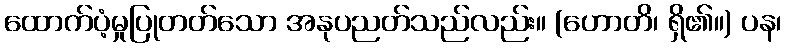
ထောက်ပံ့မှုပြုတတ်သော အနုပညတ်သည်လည်း။ (ဟောတိ၊ ရှိ၏။) ပန၊